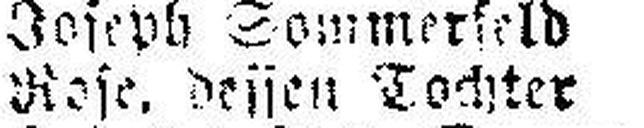
Rose. deisen Tochter